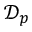
\mathcal { D } _ { p }